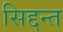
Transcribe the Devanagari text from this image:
सिद्दन्त